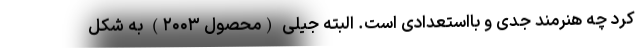
کرد چه هنرمند جدی و بااستعدادی است. البته جیلی (محصول ۲۰۰۳) به شکل